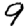
Digit: 9